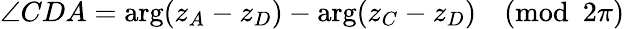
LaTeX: \angle CDA=\arg(z_{A}-z_{D})-\arg(z_{C}-z_{D}){\pmod{2\pi}}